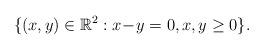
LaTeX: \begin{align*}\{(x,y)\in \mathbb{R}^2:x\!-\!y=0,x,y\geq 0\}.\end{align*}